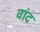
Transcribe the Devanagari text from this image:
वांद